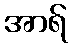
အာရ်